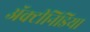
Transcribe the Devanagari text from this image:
अॅक्टीनिडिया